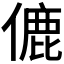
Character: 𬿚